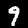
Digit: 9